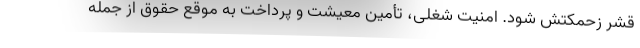
قشر زحمکتش شود. امنیت شغلی، تأمین معیشت و پرداخت به موقع حقوق از جمله